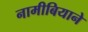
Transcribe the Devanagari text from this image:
नामीबियाने